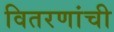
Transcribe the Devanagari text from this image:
वितरणांची